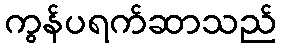
ကွန်ပရက်ဆာသည်